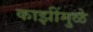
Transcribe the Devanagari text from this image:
काझींमुळे